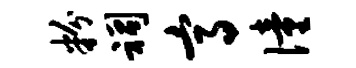
粉祠高僮